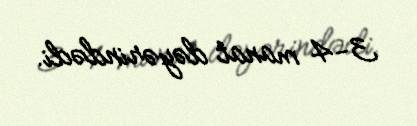
3-4 manat dəyərindədi.